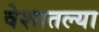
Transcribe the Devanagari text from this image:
वेशातल्या